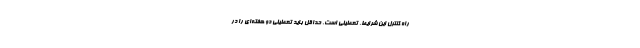
راه کنترل این شرایط، تعطیلی است. حداقل باید تعطیلی دو هفته‌ای را در